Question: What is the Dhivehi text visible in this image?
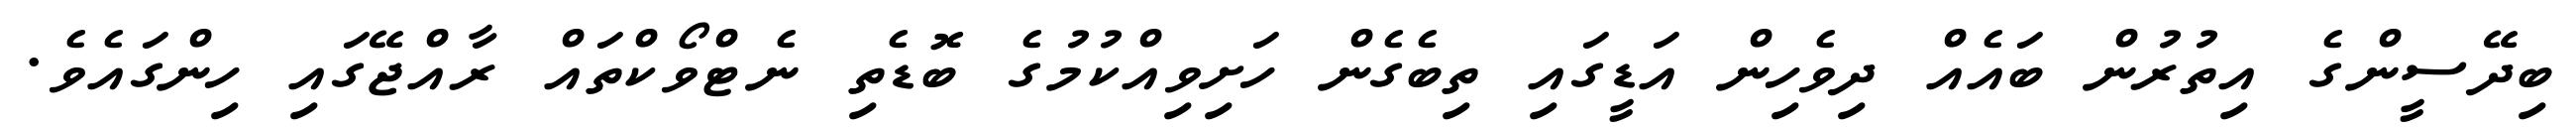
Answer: ބިދޭސީންގެ އިތުރުން ބައެއް ދިވެހިން އަޑީގައި ތިބެގެން ހަށިވިއްކުމުގެ ބޮޑެތި ނެޓްވޯކްތައް ރާއްޖޭގައި ހިންގައެވެ.